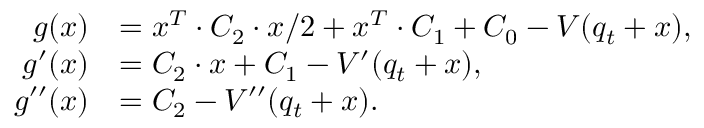
\begin{array} { r l } { g ( x ) } & { = x ^ { T } \cdot C _ { 2 } \cdot x / 2 + x ^ { T } \cdot C _ { 1 } + C _ { 0 } - V ( q _ { t } + x ) , } \\ { g ^ { \prime } ( x ) } & { = C _ { 2 } \cdot x + C _ { 1 } - V ^ { \prime } ( q _ { t } + x ) , } \\ { g ^ { \prime \prime } ( x ) } & { = C _ { 2 } - V ^ { \prime \prime } ( q _ { t } + x ) . } \end{array}